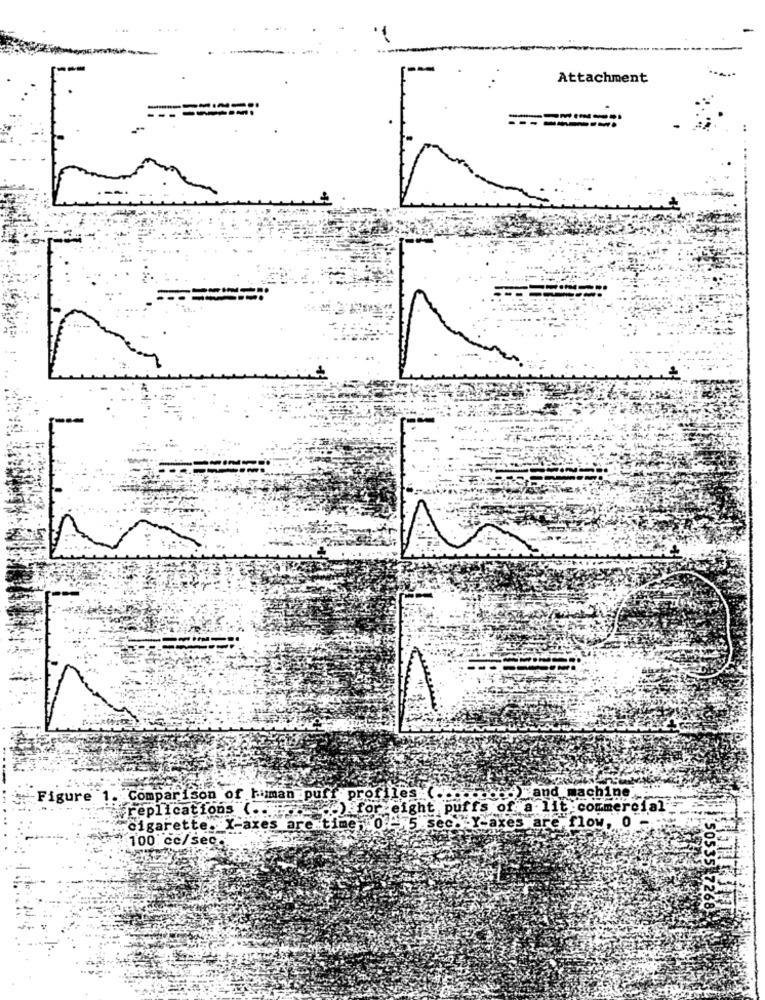
Attachment
"and machine"
Figure 1. Comparison of human puff profiles (.
wreplications ( ...
for eight p
ffs
"a lit : commercial
„Cigarette. X-axes are time, 0 ,5 sec.
Y-axes are,flow, 0
100 cc/sec.
50535 7268